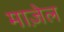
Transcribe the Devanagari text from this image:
माज़ेल